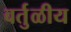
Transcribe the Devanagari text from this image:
वर्तुळीय